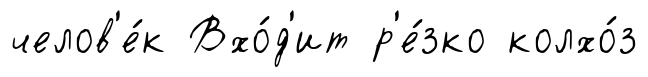
челов'е́к Вхо́д'ит р'е́зко колхо́з